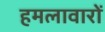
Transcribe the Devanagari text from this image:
हमलावारों